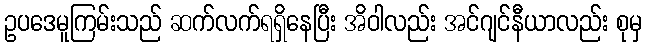
ဥပဒေမူကြမ်းသည် ဆက်လက်ရရှိနေပြီး အိဝါလည်း အင်ဂျင်နီယာလည်း စုမှ